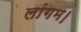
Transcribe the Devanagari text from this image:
लांगम।